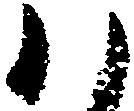
ハ